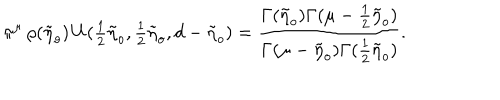
\pi ^ { \mu } \, \rho ( \tilde { \eta } _ { o } ) \, U ( { \textstyle { \frac { 1 } { 2 } } } \tilde { \eta } _ { o } , { \textstyle { \frac { 1 } { 2 } } } \tilde { \eta } _ { o } , d - \tilde { \eta } _ { o } ) = \frac { \Gamma ( \tilde { \eta } _ { o } ) \Gamma ( \mu - \frac { 1 } { 2 } \tilde { \eta } _ { o } ) } { \Gamma ( \mu - \tilde { \eta } _ { o } ) \Gamma ( \frac { 1 } { 2 } \tilde { \eta } _ { o } ) } .